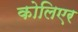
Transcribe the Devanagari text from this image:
कोलिएर